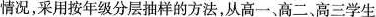
情况，采用按年级分层抽样的方法，从高一、高二、高三学生